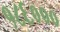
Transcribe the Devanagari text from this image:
१८६०००